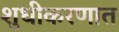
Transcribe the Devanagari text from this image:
शुधीकरणात